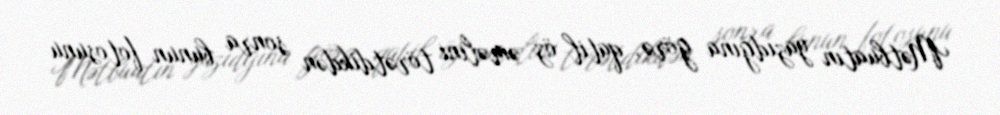
Mətbuatın yazıdğına görə, qatil öz əməlini törətdikdən sonra bunun fotosunu